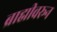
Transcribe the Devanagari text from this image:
ब्राह्मीवरून